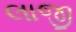
લાજી